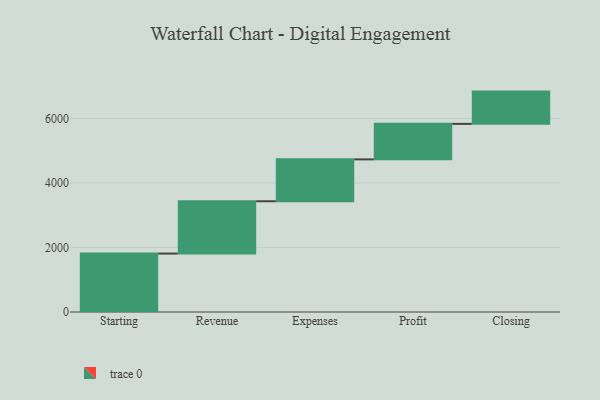
{"axis": {"x": "Step", "y": "Value"}, "legend": [""], "data": [{"x": "Starting", "y": 1811.0, "type": ""}, {"x": "Revenue", "y": 1621.0, "type": ""}, {"x": "Expenses", "y": 1298.0, "type": ""}, {"x": "Profit", "y": 1100.0, "type": ""}, {"x": "Closing", "y": 1000, "type": ""}]}